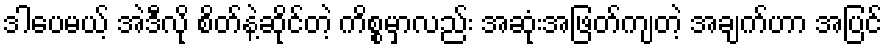
ဒါပေမယ့် အဲဒီလို စိတ်နဲ့ဆိုင်တဲ့ ကိစ္စမှာလည်း အဆုံးအဖြတ်ကျတဲ့ အချက်ဟာ အပြင်